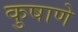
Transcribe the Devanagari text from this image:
कुषाणे